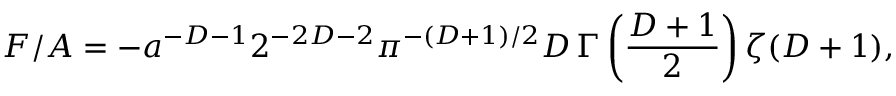
F / A = - a ^ { - D - 1 } 2 ^ { - 2 D - 2 } \pi ^ { - ( D + 1 ) / 2 } D \, \Gamma \left( { \frac { D + 1 } { 2 } } \right) \zeta ( D + 1 ) ,